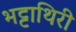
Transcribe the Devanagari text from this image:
भट्टाथिरी